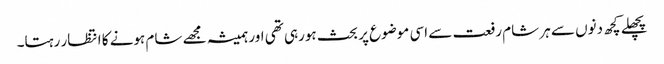
پچھلے کچھ دنوں سے ہر شام رفعت سے اسی موضوع پر بحث ہورہی تھی اور ہمیشہ مجھے شام ہونے کا انتظار رہتا۔